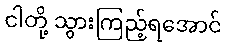
ငါတို့ သွားကြည့်ရအောင်